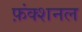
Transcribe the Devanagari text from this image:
फ़ंक्शनल